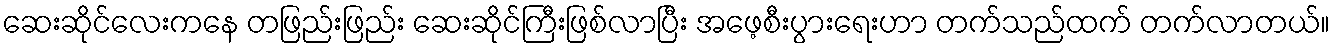
ဆေးဆိုင်လေးကနေ တဖြည်းဖြည်း ဆေးဆိုင်ကြီးဖြစ်လာပြီး အဖေ့စီးပွားရေးဟာ တက်သည်ထက် တက်လာတယ်။